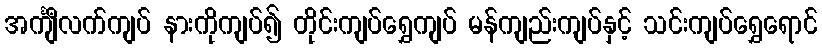
အင်္ကျီလက်ကျပ် နားကိုကျပ်၍ တိုင်းကျပ်ရွှေကျပ် မန်ကျည်းကျပ်နှင့် သင်းကျပ်ရွှေရောင်